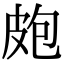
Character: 皰